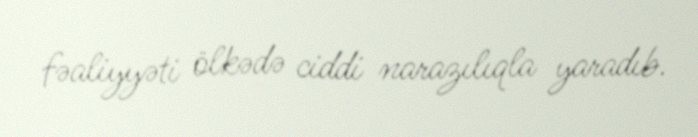
fəaliyyəti ölkədə ciddi narazılıqla yaradıb.